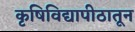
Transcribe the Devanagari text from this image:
कृषिविद्यापीठातून